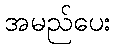
အမည်ပေး